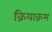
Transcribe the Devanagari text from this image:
क्रियाक्रम